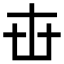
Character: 𠦔